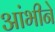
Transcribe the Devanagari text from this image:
आंभीने